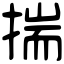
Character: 揣